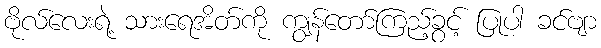
ဗိုလ်လေးရဲ့ သားရေအိတ်ကို ကျွန်တော်ကြည့်ခွင့် ပြုပါ ခင်ဗျာ